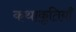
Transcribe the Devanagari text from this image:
कथाकृतियाँ